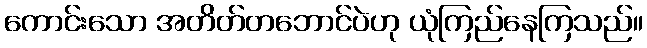
ကောင်းသော အတိတ်တဘောင်ပဲဟု ယုံကြည်နေကြသည်။